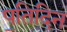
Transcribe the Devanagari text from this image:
प॒तिदिन